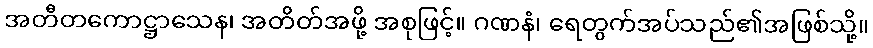
အတီတကောဋ္ဌာသေန၊ အတိတ်အဖို့ အစုဖြင့်။ ဂဏနံ၊ ရေတွက်အပ်သည်၏အဖြစ်သို့။